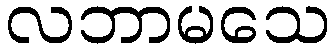
လဘာမသေ